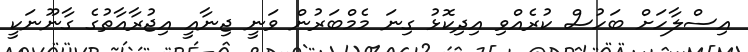
އިސްލާހަށް ބަހުސް ކުރެއްވި އިދިކޮޅު ގިނަ މެމްބަރުން ވަނީ ޖިނާއީ އިޖުރާއާތުގެ ގާނޫނަކީ